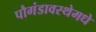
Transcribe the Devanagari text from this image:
पौगंडावस्थेमधे